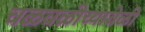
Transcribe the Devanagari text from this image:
चळवळीच्यावेळी